Report of the Municipal Commissioner on the plague in Bombay for the year ending 31st May... - Volume 2
Disease focus: Plague
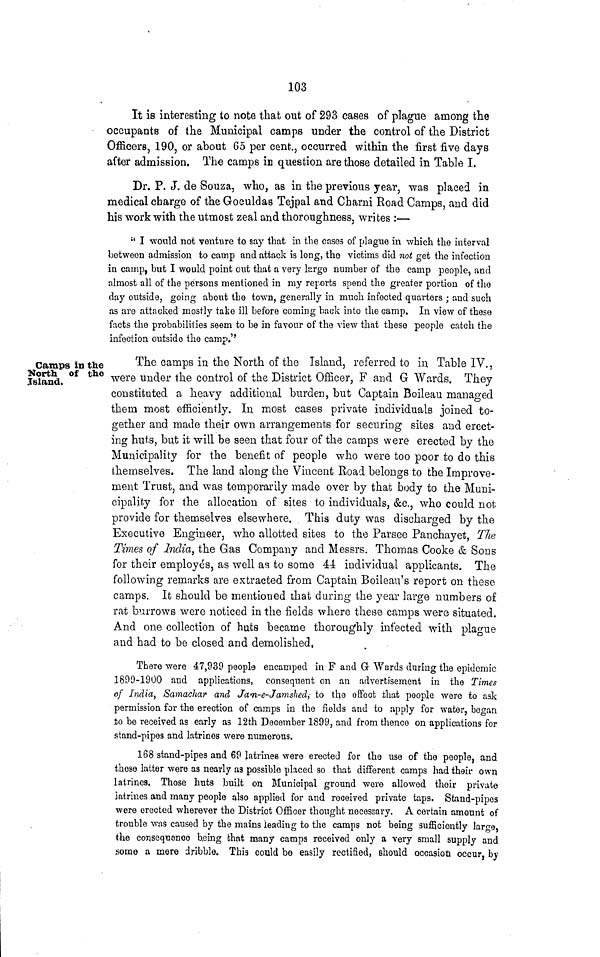
103
It is interesting to note that out of 293 cases of plague among the
occupants of the Municipal camps under the control of the District
Officers, 190, or about 65 per cent., occurred within the first five days
after admission. The camps ID question are those detailed in Table I.
Dr. P. J. de Souza, who, as in the previous year, was placed in
medical charge of the Goculdas Tejpal and Charni Road Camps, and did
his work with the utmost zeal and thoroughness, writes :—
" I would not venture to say that in the cases of plague in which the interval
between admission to camp and attack is long, the victims did not get the infection
in camp, but I would point out that a very largo number of the camp people, and
almost all of the persons mentioned in my reports spend the greater portion of tho
day outside, going about the town, generally in much infected quarters ; and such
as are attacked mostly take ill before coming back into the camp. In view of these
facts the probabilities seem to be in favour of the view that these people catch the
infection outside the camp."
Gamps in the
North of the
Island.
The camps in the North of the Island, referred to in Table IV.,
were under the control of the District Officer, F and G Wards. They
constituted a heavy additional burden, but Captain Boileau managed
them most efficiently. In most cases private individuals joined to-
gether and made their own arrangements for securing sites and erect-
ing huts, but it will be seen that four of the camps were erected by the
Municipality for the benefit of people who were too poor to do this
themselves. The land along the Vincent Road belongs to the Improve-
ment Trust, and was temporarily made over by that body to the Muni-
cipality for the allocation of sites to individuals, &c., who could not
provide for themselves elsewhere. This duty was discharged by the
Executive Engineer, who allotted sites to the Parsee Panchayet, Tlie
Times of India, the Gas Company and Messrs. Thomas Cooke & Sons
for their employes, as well as to some 44 individual applicants. The
following remarks are extracted from Captain Boileau's report on these
camps. It should be mentioned that during the year large numbers of
rat burrows were noticed in the fields where these camps were situated.
And one collection of huts became thoroughly infected with plague
and had to be closed and demolished,
There were 47,939 people encamped in F and Gr Wards during the epidemic
1899-1900 and applications, consequent on an advertisement in the Times
of India, Samachar and Jan-e-Jamshed, to the effect that people were to ask
permission for the erection of camps in the fields and to apply for water, began
.to be received as early as 12th December 1899, and from thence on applications for
stand-pipes and latrines were numerous.
168 stand-pipes and 69 latrines were erected for the use of the people, and
these latter were a3 nearly as possible placed so that different camps had their own
latrines. Those huts built on Municipal ground were allowed their private
latrines and many people also applied for and received private taps. Stand-pipes
were erected wherever the District Officer thought necessary. A certain amount of
trouble was caused by the mains leading to the camps not being sufficiently large,
the consequence being that many camps received only a very small supply and
some a mere dribble. This could be easily rectified, should occasion occur, by